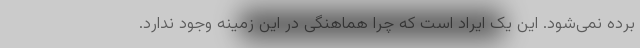
برده نمی‌شود. این یک ایراد است که چرا هماهنگی در این زمینه وجود ندارد.